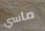
ماسي